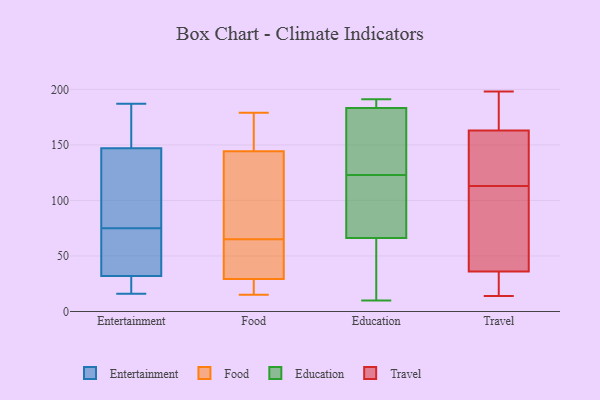
{"axis": {"x": "Latency (ms)", "y": "Value"}, "legend": ["Education", "Entertainment", "Food", "Travel"], "data": [{"x": "", "y": 187, "type": "Entertainment"}, {"x": "", "y": 81, "type": "Entertainment"}, {"x": "", "y": 59, "type": "Entertainment"}, {"x": "", "y": 35, "type": "Entertainment"}, {"x": "", "y": 75, "type": "Entertainment"}, {"x": "", "y": 16, "type": "Entertainment"}, {"x": "", "y": 105, "type": "Entertainment"}, {"x": "", "y": 18, "type": "Entertainment"}, {"x": "", "y": 31, "type": "Entertainment"}, {"x": "", "y": 183, "type": "Entertainment"}, {"x": "", "y": 161, "type": "Entertainment"}, {"x": "", "y": 18, "type": "Food"}, {"x": "", "y": 50, "type": "Food"}, {"x": "", "y": 15, "type": "Food"}, {"x": "", "y": 33, "type": "Food"}, {"x": "", "y": 59, "type": "Food"}, {"x": "", "y": 16, "type": "Food"}, {"x": "", "y": 18, "type": "Food"}, {"x": "", "y": 89, "type": "Food"}, {"x": "", "y": 140, "type": "Food"}, {"x": "", "y": 106, "type": "Food"}, {"x": "", "y": 36, "type": "Food"}, {"x": "", "y": 179, "type": "Food"}, {"x": "", "y": 157, "type": "Food"}, {"x": "", "y": 157, "type": "Food"}, {"x": "", "y": 93, "type": "Food"}, {"x": "", "y": 178, "type": "Food"}, {"x": "", "y": 65, "type": "Food"}, {"x": "", "y": 51, "type": "Education"}, {"x": "", "y": 172, "type": "Education"}, {"x": "", "y": 123, "type": "Education"}, {"x": "", "y": 187, "type": "Education"}, {"x": "", "y": 39, "type": "Education"}, {"x": "", "y": 55, "type": "Education"}, {"x": "", "y": 10, "type": "Education"}, {"x": "", "y": 113, "type": "Education"}, {"x": "", "y": 189, "type": "Education"}, {"x": "", "y": 85, "type": "Education"}, {"x": "", "y": 191, "type": "Education"}, {"x": "", "y": 191, "type": "Education"}, {"x": "", "y": 133, "type": "Education"}, {"x": "", "y": 191, "type": "Education"}, {"x": "", "y": 60, "type": "Education"}, {"x": "", "y": 123, "type": "Education"}, {"x": "", "y": 103, "type": "Education"}, {"x": "", "y": 148, "type": "Education"}, {"x": "", "y": 118, "type": "Education"}, {"x": "", "y": 128, "type": "Travel"}, {"x": "", "y": 154, "type": "Travel"}, {"x": "", "y": 109, "type": "Travel"}, {"x": "", "y": 123, "type": "Travel"}, {"x": "", "y": 117, "type": "Travel"}, {"x": "", "y": 195, "type": "Travel"}, {"x": "", "y": 18, "type": "Travel"}, {"x": "", "y": 33, "type": "Travel"}, {"x": "", "y": 27, "type": "Travel"}, {"x": "", "y": 109, "type": "Travel"}, {"x": "", "y": 178, "type": "Travel"}, {"x": "", "y": 49, "type": "Travel"}, {"x": "", "y": 14, "type": "Travel"}, {"x": "", "y": 20, "type": "Travel"}, {"x": "", "y": 161, "type": "Travel"}, {"x": "", "y": 165, "type": "Travel"}, {"x": "", "y": 39, "type": "Travel"}, {"x": "", "y": 105, "type": "Travel"}, {"x": "", "y": 198, "type": "Travel"}, {"x": "", "y": 194, "type": "Travel"}]}